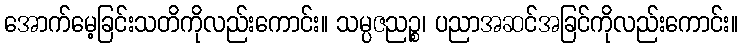
အောက်မေ့ခြင်းသတိကိုလည်းကောင်း။ သမ္ပဇညဉ္စ၊ ပညာအဆင်အခြင်ကိုလည်းကောင်း။